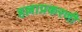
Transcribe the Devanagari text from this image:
हल्लाप्रकरणी